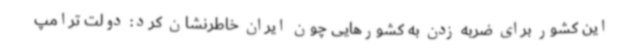
این کشور برای ضربه زدن به کشورهایی چون ایران خاطرنشان کرد: دولت ترامپ